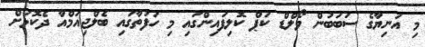
މި އަނިޔާގެ ސަބަބުން ވޯލްޑް ކަޕް ކޮލިފައިންގައި މި ހަފުތާގައި ބެލްޖިއަމްއާ ދެކޮޅަށް